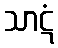
သာဋံ